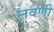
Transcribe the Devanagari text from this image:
लवणी